Annual report on the working of the lock hospitals in the North-Western Provinces and Oudh
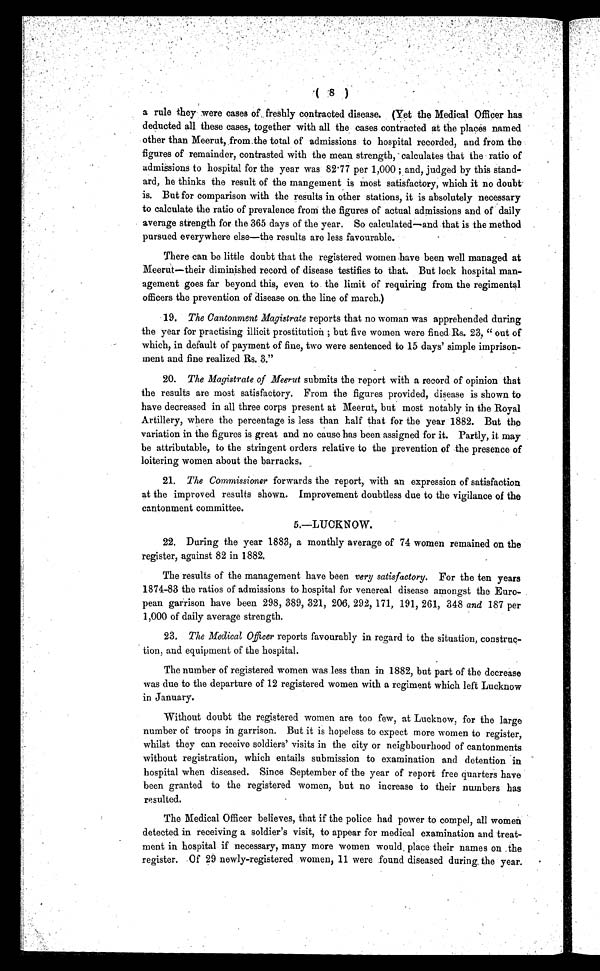
( 8 )
a rule they- were cases of, freshly contracted disease. (Yet the Medical Officer has,
deducted all these cases, together with all the cases contracted at the places named
other than Meerut, from the total of admissions to hospital recorded, and from the
figures of remainder, contrasted with the mean strength, calculates that them ratio of
admissions to hospital for the year was 82.77 per 1,000 ; and, judged by this stand-
ard, he thinks the result of the mangement is most satisfactory, which it no doubt'
is. But for comparison with the results in other stations, it is absolutely necessary
to calculate the ratio of prevalence from the figures of actual admissions and of daily
average strength for the 365 days of the year. So calculated—and that is the method
pursued everywhere else—the results are less favourable.
There can be little doubt that the registered women have been well managed at
Meerut—their diminished record of disease testifies to that. But lock hospital man-
agement goes far beyond this, even to the limit of requiring from the regimental
officers the prevention of disease on. the line of march.)
19. The Cantonment Magistrate reports that no woman was apprehended during
the year for practising illicit prostitution ; but five women were fined. Rs. 23, " out of
which, in default of payment of fine, two were sentenced to 15 days' simple imprison-
ment and fine realized Rs. 3."
20. The Magistrate of Meerut submits the report with a record of opinion that
the results are most satisfactory. From the figures provided, disease is shown to
have decreased in all three corps present at Meerut, but most notably in the Royal
Artillery, where the percentage is less than half that for the year 1882. But the
variation in the figures is great and no cause has been assigned for it. Partly, it may
be attributable, to the stringent orders relative to the prevention of the presence of
loitering women about the barracks.
21. The Commissioner forwards the report, with an expression of satisfaction
at the improved results shown. Improvement doubtless due to the vigilance of the
cantonment committee.
5.—LUCKNOW.
22. During the year 1883, a monthly average of 74 women remained on the
register, against 82 in 1882.
The results of the management have been very satisfactory. For the ten years
1874-83 the ratios of admissions to hospital for venereal disease amongst the Euro-
pean garrison have been 298, 389, 321, 206, 292, 171, 191, 261, 348 and 187 per
1,000 of daily average strength.
23. The Medical Officer reports favourably in regard to the situation, construc-
tion, and equipment of the hospital.
The number of registered women was less than in 1882, but part of the decrease
was due to the departure of 12 registered women with a regiment which left Lucknow
in January.
Without doubt the registered women are too few, at Lucknow, for the large
number of troops in garrison. But it is hopeless to expect more women to register,
whilst they can receive soldiers' visits in the city or neighbourhood of cantonments
without registration, which entails submission to examination and detention in
hospital when diseased. Since September of the year of report free quarters have
been granted to the registered women, but no increase to their numbers has
re sulted.
The Medical Officer believes, that if the police had power to compel, all women
detected in receiving a soldier's visit, to appear for medical examination and treat-
ment in hospital if necessary, many more women would , place their names on the
register. Of 29 newly-registered women, 11 were found diseased during, the year.